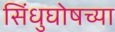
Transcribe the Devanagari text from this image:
सिंधुघोषच्या